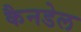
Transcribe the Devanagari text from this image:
कैनडेल